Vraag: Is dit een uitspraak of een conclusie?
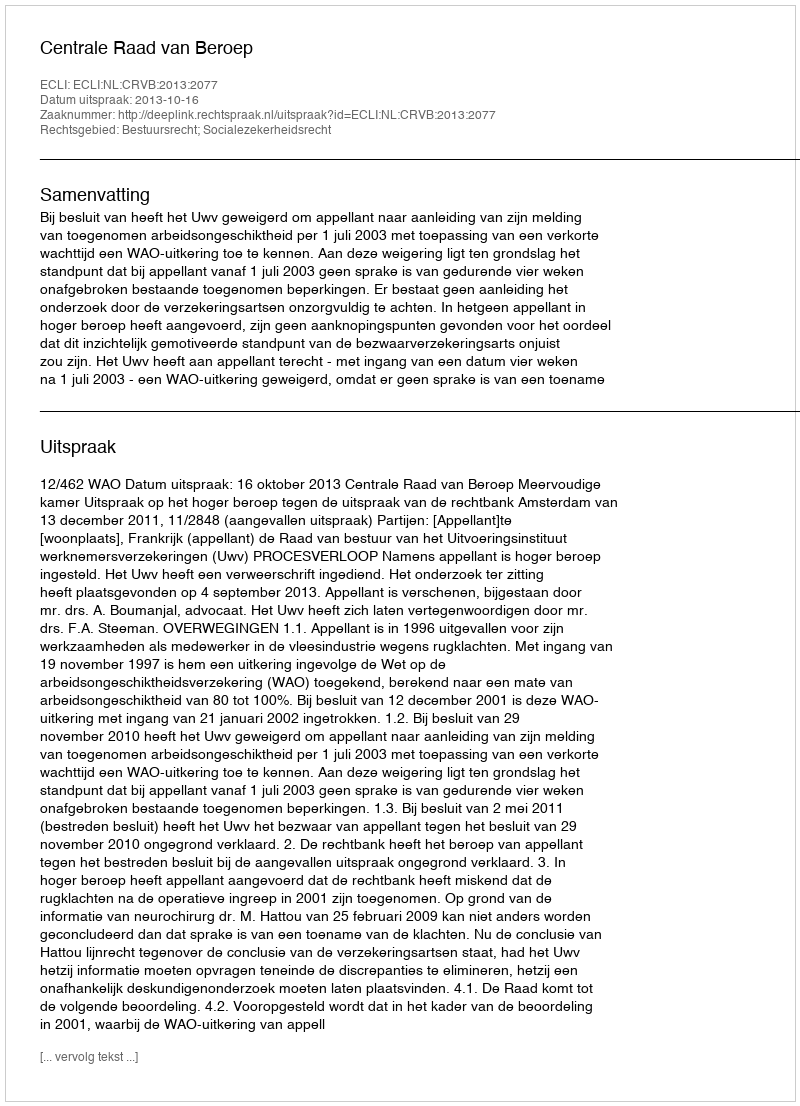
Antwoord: Uitspraak